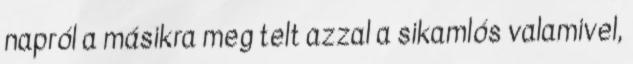
napról a másikra meg telt azzal a sikamlós valamivel,